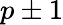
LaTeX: p\pm 1